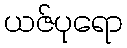
ယဇ်ပုရော